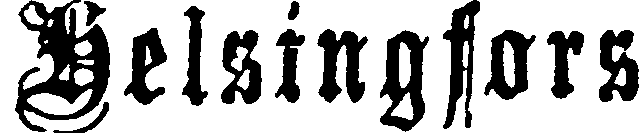
Helsingfors